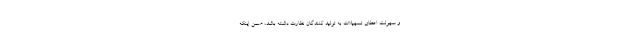
و سهولت اعطای تسهیلات به تولید کنندگان نظارت داشته باشد، ضمن اینکه